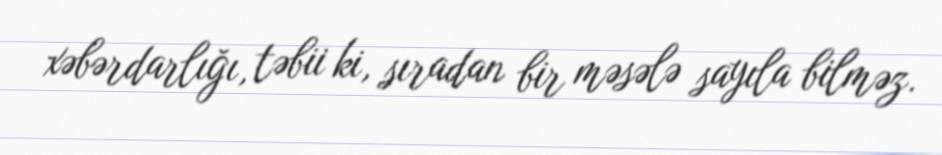
xəbərdarlığı, təbii ki, sıradan bir məsələ sayıla bilməz.